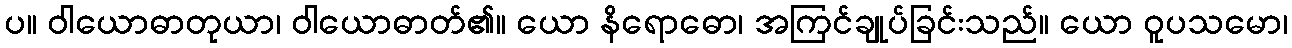
ပ။ ဝါယောဓာတုယာ၊ ဝါယောဓာတ်၏။ ယော နိရောဓော၊ အကြင်ချုပ်ခြင်းသည်။ ယော ဝူပသမော၊